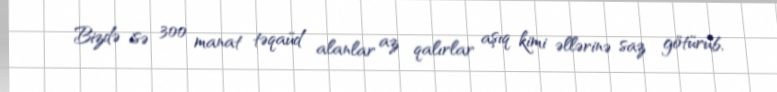
Bizdə isə 300 manat təqaüd alanlar az qalırlar aşıq kimi əllərinə saz götürüb,